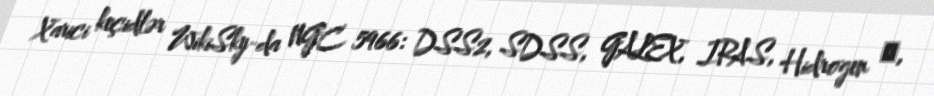
Xarici keçidlər WikiSky-da NGC 5966: DSS2, SDSS, GALEX, IRAS, Hidrogen α,